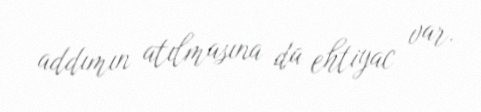
addımın atılmasına da ehtiyac var.